Annual report of the Punjab Veterinary College and of the Civil Veterinary Department, Punjab - 1909-1919
Year: 1909
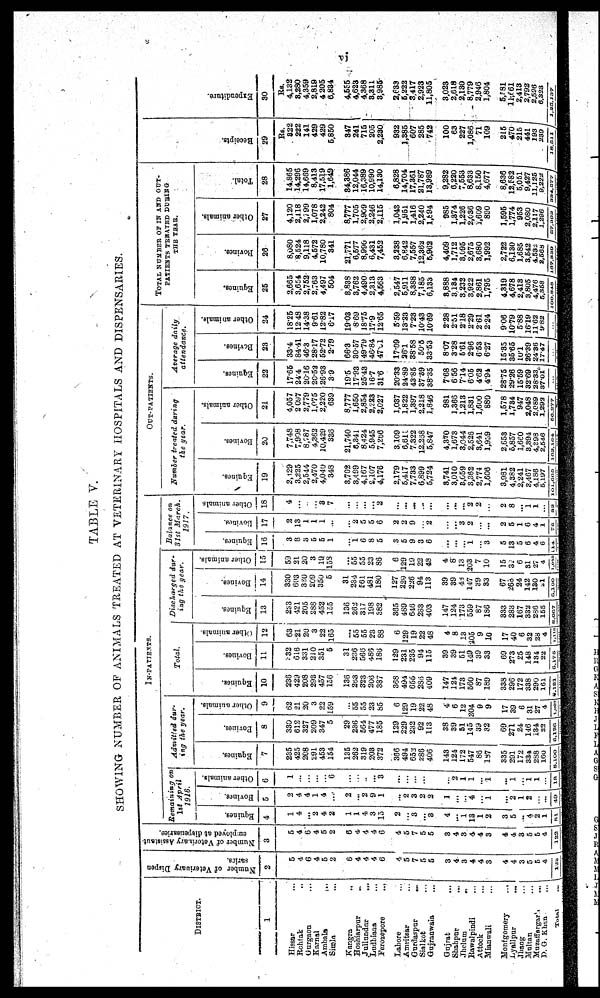
vi
TABLE V.
SHOWING NUMBER OF ANIMALS TREATED AT VETERINARY HOSPITALS AND DISPENSARIES.
DISTRICT.
1
Hissar ...
Rohtak ...
Gurgaon ...
Karnal ...
.Ambala
...
Simla ...
Kangra ...
Hoshiarpur
...
Jullundur ...
Ludhiana ...
Ferozepore ...
Lahore ...
Amritsar ...
Gurdaspur
...
Sialket ...
Gujranwaia ...
Gujrat ...
Shahpur...
Jhelum
...
Rawalpindi ...
Attock ...
Mianwali ...
Montgomery ....
Lyallpur ...
Jhang
...
Multan
...
Muzaffargar
...
D. G. Khan
...
Total
...
Number of Veterinary Dispen
saries.
2
5
4
6
4
5
2
6
4
4
4
6
4
5
7
5
5
3
4
3
4
4
3
4
4
3
5
5
4
122
Number of Veterhary
Assistant
employed
3
5
4
6
4
5
2
6
4
4
4
6
4
5
7
5
5
3
4
3
4
4
3
4
4
3
5
5
4
122
IN-PATIENTS.
Remaining
on
1st April
1916.
Equines.
4
1
4
...
2
4
2
1
1
4
3
13
2
...
3
....
3
4
...
1
13
1
2
3
5
...
4 2
1
...
Bovines.
5
2
4
4
1
4
...
2
...
2
9
1
...
2
3
2
2
1
...
...
4
...
1
...
2
1
2
...
...
49
Other animals.
6
1
...
...
...
...
6
...
...
...
...
3
...
...
...
...
...
...
2
1
1
... 1
...
1
... 1
1
...
18
Admitted
dur-
ing the year.
Equines.
7
235
425
268
291
453
154
135
262
319
203
372
366
494
652
286
406
143
124
172
547
86
187
335
291
172
334
288
160
8,100
Bovines.
8
330
612
327
209
347
5
29
236
561
477
185
129
229
232
92
113
38
39
51
145
39
32
69
271
24
146
134
22
5,126
Other animals
9
62
21
20
3
22
159
......
55
55
23
85
6
129
19
22
48
4
6
12
204
9
9
17
39
6
31
27
4
1,007
Equines.
10
236
429
208
293
457
156
136
253
323
206
387
368
494
656
286
409
147
124
173
560
87
189
338
296
172
338
290
161
8,181
Total.
Bovines.
11
32
616
331
210
351
5
31
236
566
486
186
129
231
235
94
115
39
39
51
149
39
33
69
273
25
148
134
22
5,175
Other animals.
12
63
21
i 20
3
22
165
...
55
55
23
88
6
129
19
22
48
4
8
13
205
9
10
17
40
6
32
28
4
1,116
Discharged during the year.
Equines.
13
253
421
205
288
452
135
136
262
317
198
382
365
489
616
283
403
147
124
173
559
87
180
333
283
167
332
236
155
5,067
Bovines.
14
330
603
330
269
350
5
31
234
561
481
180
127
229
226
94
113
39
39
48
147
39
33
67
268
24
142
130
21
6,100
Other animals.
15
59
21
20
3
19
158
...
55
55
23
86
6
129
19
22
48
4
8
23
203
7
10
15
37
6
31
27
4
1,013
Balance on
31st
March.
1917.
Equines.
16
3
8
3
5
5
1
...
1
6
8
5
3
5
9
3
6
...
...
...
1
...
3
5
13
5
6
4
6
14
Bovines.
17
2
13
1
1
1
...
...
2
5
5
6
2
2
9
...
2
...
...
3
2
...
...
2
5
1
6
4
1
76
Other animals
18
4
...
...
... 3
7
...
...
...
...
2
...
...
...
...
...
...
...
...
2
2
...
2
8
...
1
1
...
32
OUT-PATIENTS.
Number treated during
the year.
Equiues.
19
2,129
3,225
2,544
2,470
4,049
343
3,702
3,499
4,167
2,107
4,176
2.179
5,417
7,733
6,899
5,724
8,741
3,010
8,659
3,382
2,774
1,606
3,931
4,382
2,241
3,467
4,136
5,197
101,605
Bovines.
20
7,748
7,908
8787
4,362
10,429
336
21,740
6,341
8,424
5.945
7,266
3 109
6,611
7,322
12,258
5,847
4,370
1,673
3,044
2,525
3,641
1,959
2,653
5,857
1,660
3,391
4,393
2,546
163,164
Other animals.
21
4,057
2 097
2,779
1,075
2,220
639
8,777
1,650
2,854
2,223
2,027
1,037
1,822
1,397
2,218
1,846
981
1,366
1,213
1,831
1,600
889
1,578
1,734
947
2,048
2,089
1,203
60,277
Average
daily
attendance.
Equines.
22
17.65
24.4
20.16
20.52
26.93
39
195
17.93
25.43
16.7
31.6
20.33
24.89
43.85
37.69
38.35
7.68
6.56
7.14
6.05
4.62
4.94
28.75
29.26
15.59
32.69
28.33
37.01
...
Bovines.
23
33.4
84.41
46..3
28.17
52.72
2.79
66.3
30.57
4979
46.84
47. 61
17.09
26.1
38.58
50.8
33.53
8.07
3.28
5.61
2.96
6.53
6.27
15.35
35.65
10.1
26.39
24.36
17.47
Other animals.
24
18.25
1248
14.38
9.61
12.82
6.17
19.03
869
1875
179
12.65
5.59
13.23
7.23
10.43
10.69
2.28
2.51
2.18
2.29
2.61
2.24
9.06
10.79
5.88
16.19
11.62
9.82
TOTAL NUMBER OF IN AND OUT-
PATIENTS TREATED DURING
THE YEAR.
Equines.
25
2,665
3,654
2,752
2,763
4,497
504
8,838
3,762
4,490
2,313
4,663
2,547
5,911
8,388
7,185
6,133
8,888
3.194
3,232
3,922
2,861
1,795
4,319
4,678
2,413
3,805
4,476
5,358
00.840
Bovines.
26
8,080
8,524
9,118
4,572
10,780
341
21,771
6,577
8,990
6,431
7,452
3,238
6,842
7,557
12,362
6,962
4,409
1,712
3,095
2,675
3,680
1,992
2,722
6,130
1,685
3,542
4,532
2,568
107,830
Other animals.
27
4,120
2,118
2,799
1,078
2,242
804
8,777
1,705
2,969
2,246
2,115
1,043
1,951
1,416
2,240
1,894
985
1,374
1,226
2,636
1,609
890
1,595
1,774
953
2,080
2,117
1,296
57,802
Total.
28
14,865
14,296
14,669
8,413
17,519
1,649
84,386
12,044
16,389
10,990
14,130
6,828
14,704
17,361
21,787
13,989
9,282
6,220
7,553
8,633
8,150
4,677
8,636
12,582
5,051
9,427
11,125
9,222
386,577
Receipts.
29
RS.
822
222
141
429
429
5850
347
241
715
205
2,230
932
1,385
607
285
742
100
63
227
1,086
71
109
215
470
215
441
193
239
18,511
Expendi t
ur e.
30
Rs.
4,132
3,280
4,359
2,819
4 205
6,834
4,555
4,623
4,368
3,311
3,985
2,633
6,222
3.417
2,923
11,805
3,023
2,618
2,130
8,779
2,946
1,804
5,581
11,661
2,413
2,792
2.506
6,323
1,25,137